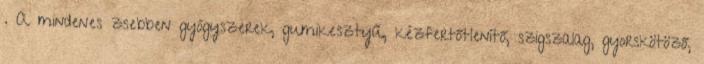
. A mindenes zsebben gyógyszerek, gumikesztyű, kézfertőtlenítő, szigszalag, gyorskötöző,